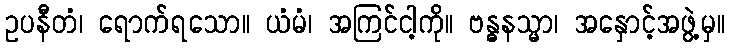
ဥပနီတံ၊ ရောက်ရသော။ ယံမံ၊ အကြင်ငါ့ကို။ ဗန္ဓနသ္မာ၊ အနှောင့်အဖွဲ့မှ။